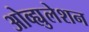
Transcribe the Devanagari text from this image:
ओव्ह्युलेशन